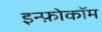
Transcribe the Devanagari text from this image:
इन्फ़ोकॉम